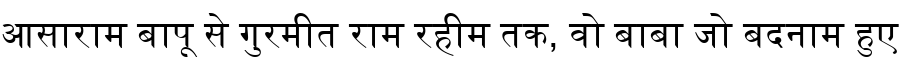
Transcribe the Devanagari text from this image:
आसाराम बापू से गुरमीत राम रहीम तक, वो बाबा जो बदनाम हुए